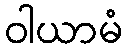
ဝါယာမံ